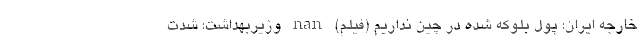
خارجه ایران: پول بلوکه شده در چین نداریم (فیلم) nan وزیربهداشت: شدت